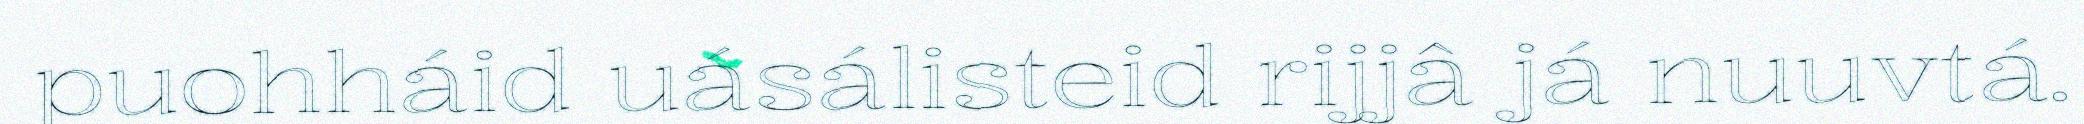
puohháid uásálisteid rijjâ já nuuvtá.